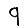
Digit: 9